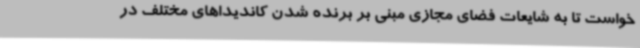
خواست تا به شایعات فضای مجازی مبنی بر برنده شدن کاندیداهای مختلف در